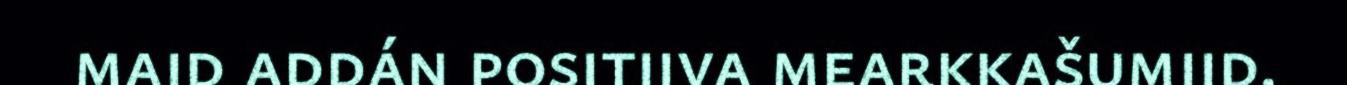
maid addán positiiva mearkkašumiid.